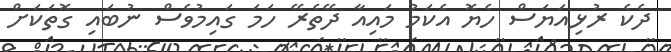
ދެކެ ރުޅިއަޔަސް ހެޔޮ އެކަމު މައިއާ ދޭތެރޭ ހަމަ ގައިމުވެސް ނުބައި ގޮތަކަށް